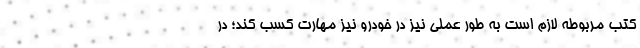
کتب مربوطه لازم است به طور عملی نیز در خودرو نیز مهارت کسب کند؛ در